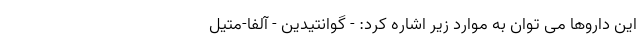
این داروها می توان به موارد زیر اشاره کرد: - گوانتیدین - آلفا-متیل